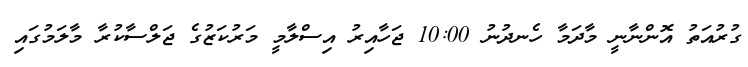
ގުރުއަތު އޮންނާނީ މާދަމާ ހެނދުނު 10:00 ޖަހާއިރު އިސްލާމީ މަރުކަޒުގެ ޖަލްސާކުރާ މާލަމުގައި